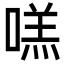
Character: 㗝